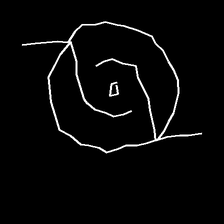
Glyph: repetition